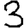
Digit: 3